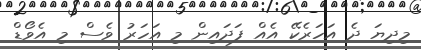
މިދިޔަ ދެ އަހަރެކޭ އެއް ފަދައިން މި އަހަރު ވެސް މި އެވޯޑް